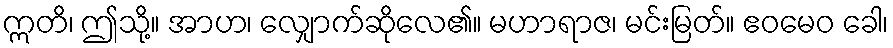
ဣတိ၊ ဤသို့။ အာဟ၊ လျှောက်ဆိုလေ၏။ မဟာရာဇ၊ မင်းမြတ်။ ဧဝမေဝ ခေါ၊